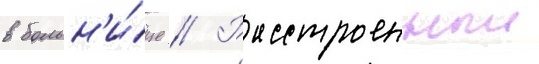
в больн'и́це // Расстроенныи